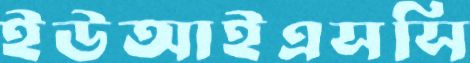
ইউআইএসসি